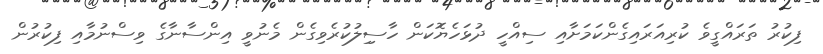
ފިކުރު ތަރައްގީވެ ކުރިއަރައިގެންކަމަށާއި ސިއްހީ ދުޅަހެޔޮކަން ހާސިިލުކުރެވިގެން މެނުވީ އިންސާނާގެ ވިސްނުމާއި ފިކުރުން